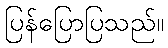
ပြန်ပြောပြသည်။